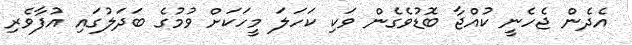
އެދެން ޖެހެނީ ކުއްޖާ ބޮޑުވެގެން ވަކި ކަހަލަ މީހަކަށް ވުމުގެ ބަދަލުގައި އުފާވެރި